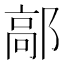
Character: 鄗